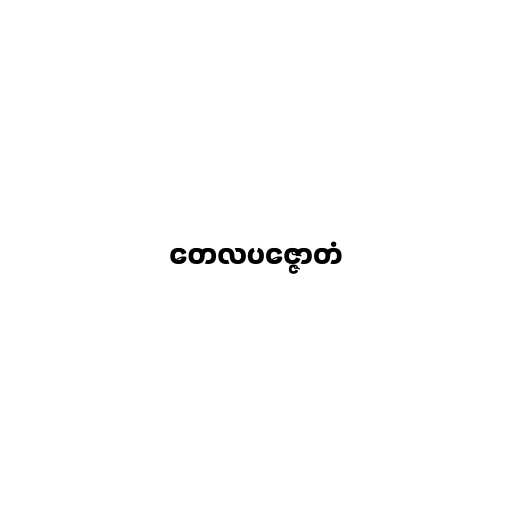
တေလပဇ္ဇောတံ